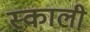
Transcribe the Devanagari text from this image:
स्काली